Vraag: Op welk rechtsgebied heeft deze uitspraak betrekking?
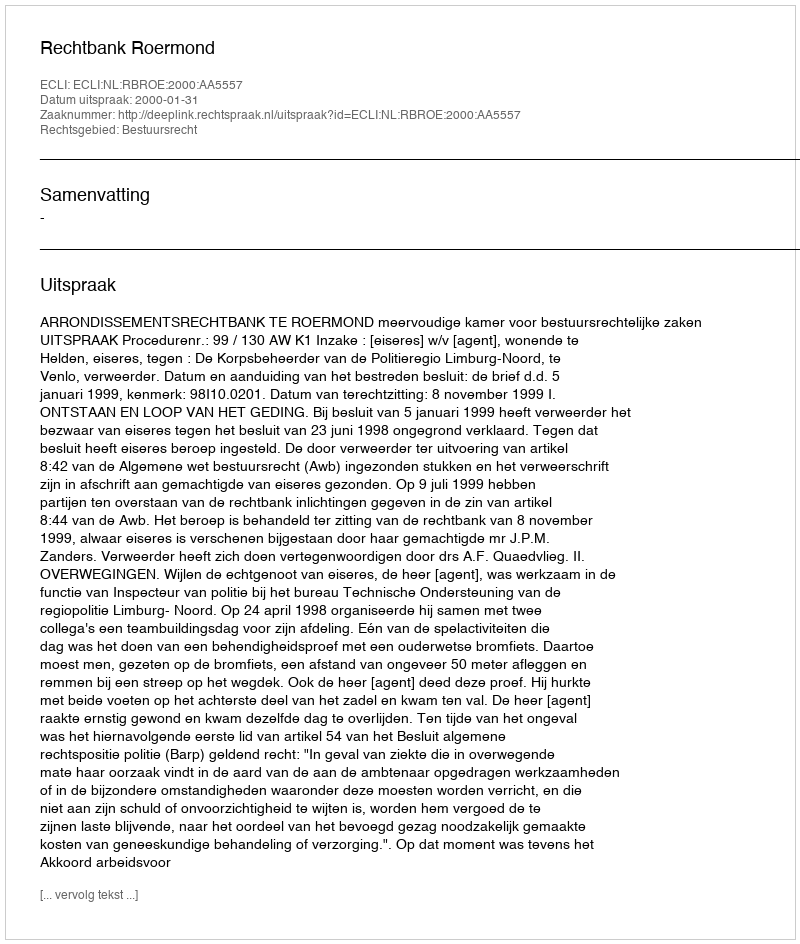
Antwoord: Bestuursrecht